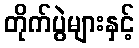
တိုက်ပွဲများနှင့်